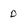
Character: D